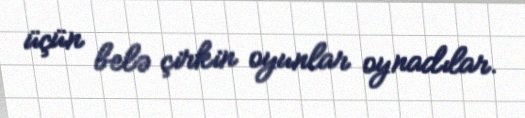
üçün belə çirkin oyunlar oynadılar.